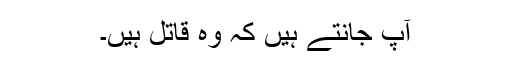
آپ جانتے ہیں کہ وہ قاتل ہیں۔